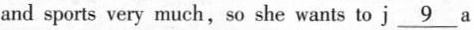
and sports very much,so she wants to j \underline9a